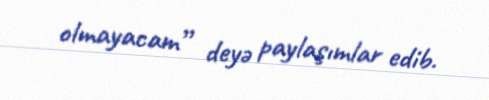
olmayacam” deyə paylaşımlar edib.